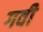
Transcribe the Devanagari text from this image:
गवी